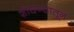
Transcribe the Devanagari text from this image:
शोधण्यातून